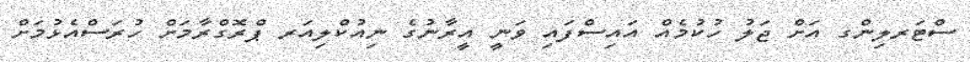
ސްޓަރލިންގ އަށް ޖަލު ހުކުމެއް އައިސްފައި ވަނީ އީރާނުގެ ނިއުކްލިއަރ ޕްރޮގްރާމަށް ހުރަސްއެޅުމަށް